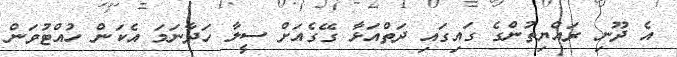
އެ ދޫނި ރައްޔިތުންގެ ގައިގައި ދަތްއަޅާ ގޭގެއަށް ސީލާ ހަދާނަމަ އެކަން ހުއްޓުވަން